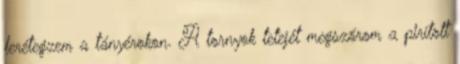
lerétegzem a tányérokon. A tornyok tetejét megszórom a pirított